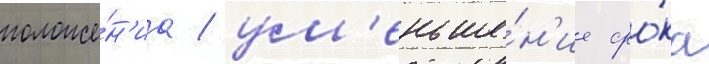
положе́н'иа / ум'еньше́н'ие сро́ка